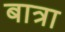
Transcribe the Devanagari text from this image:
बात्रा